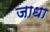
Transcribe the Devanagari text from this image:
जाधा